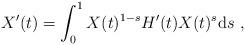
LaTeX: \begin{align*}X'(t) = \int_0^1 X(t)^{1-s} H'(t) X(t)^s {\rm d} s\ ,\end{align*}